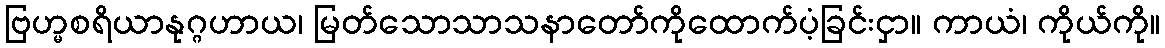
ဗြဟ္မစရိယာနုဂ္ဂဟာယ၊ မြတ်သောသာသနာတော်ကိုထောက်ပံ့ခြင်းငှာ။ ကာယံ၊ ကိုယ်ကို။